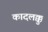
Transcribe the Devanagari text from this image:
कादलक्कु